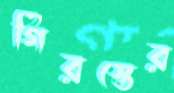
গিরস্তের